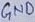
Text: GND